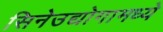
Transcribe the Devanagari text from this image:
सिनेउद्योगामध्ये